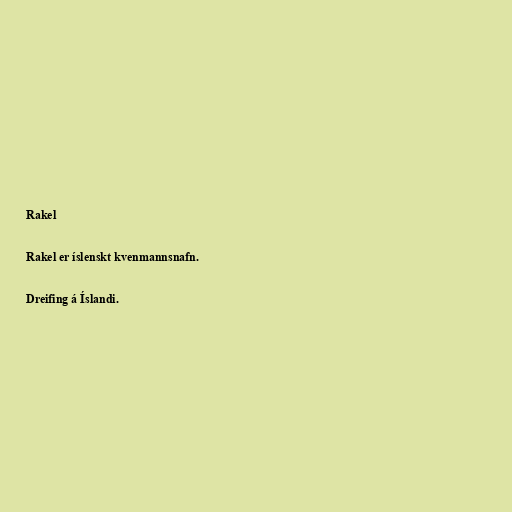
Rakel

Rakel er íslenskt kvenmannsnafn.

Dreifing á Íslandi.